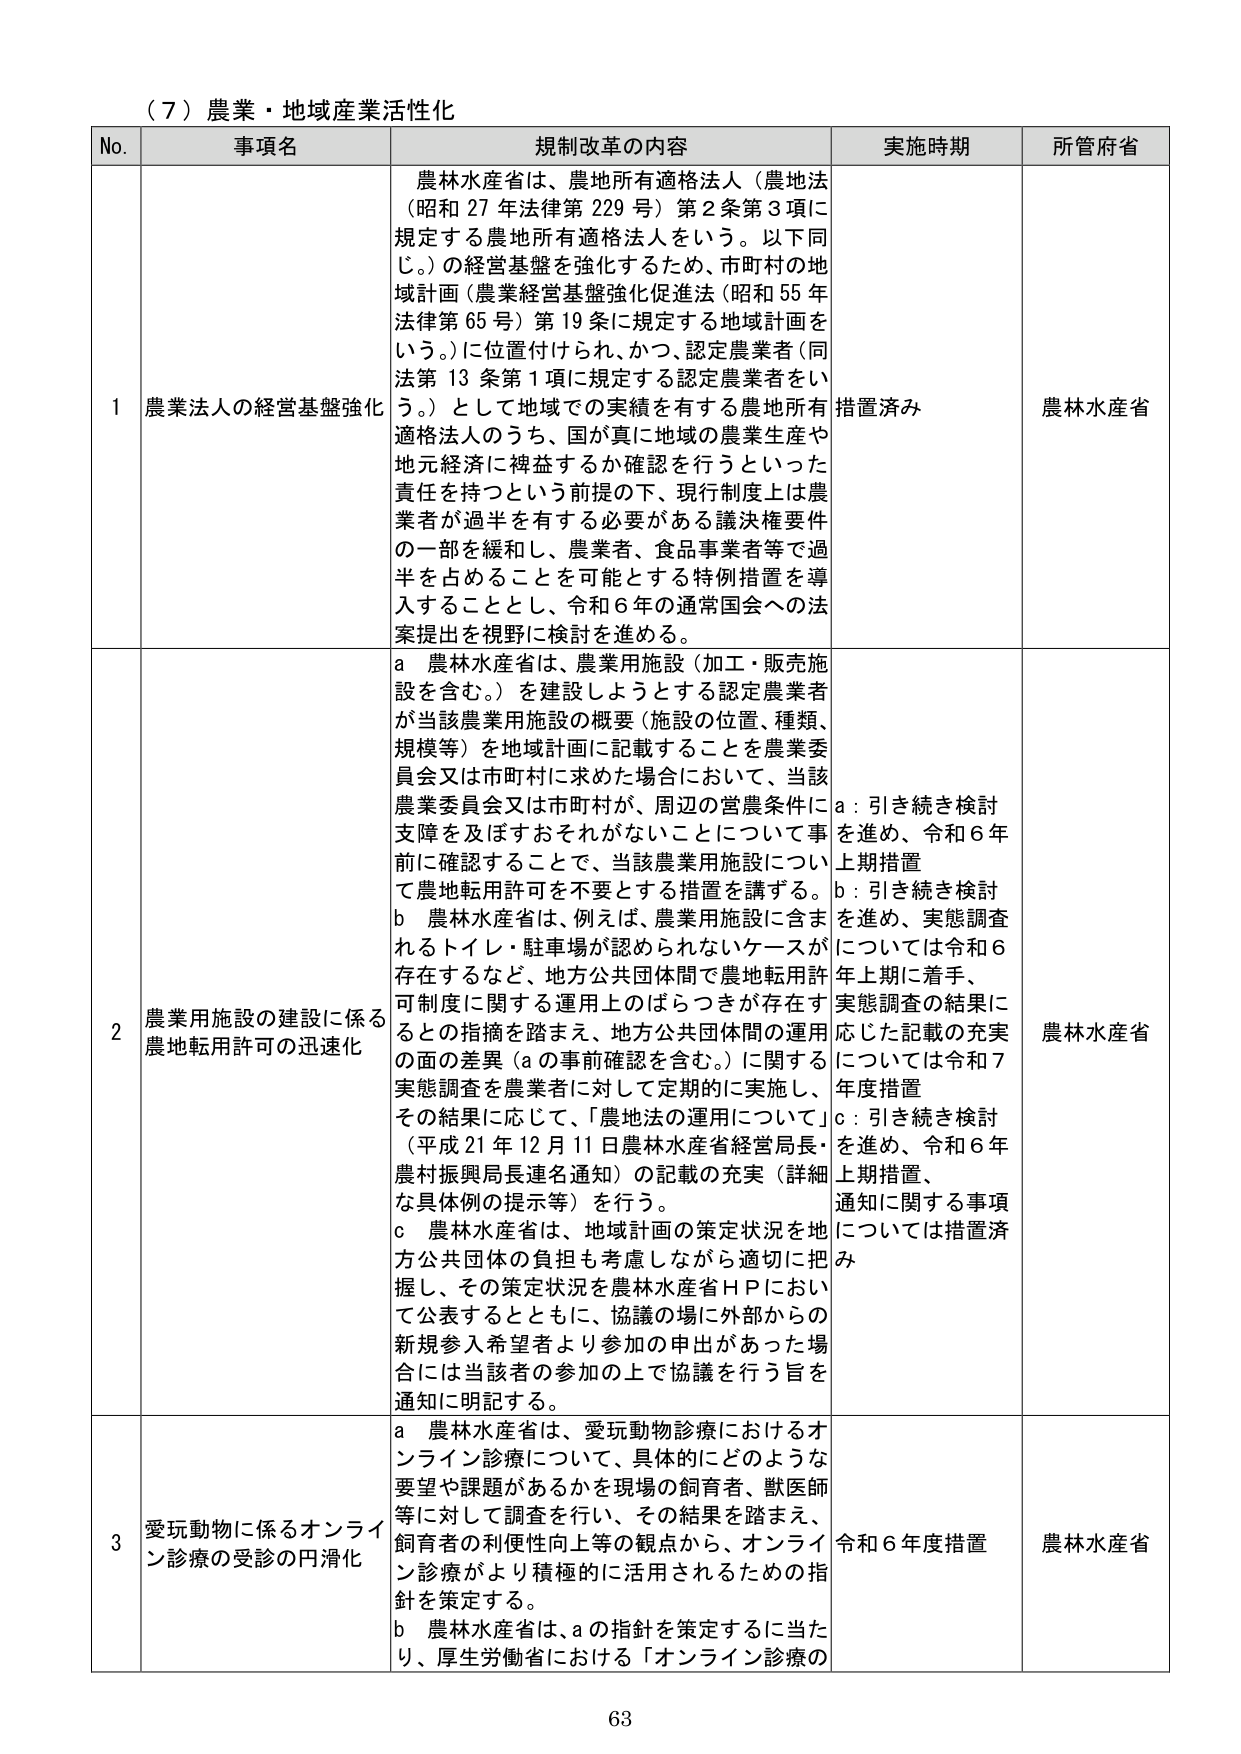
（７）農業・地域産業活性化

No. 事項名 規制改革の内容 実施時期 所管府省

1 農業法人の経営基盤強化 農林水産省は、農地所有適格法人（農地法（昭和27年法律第229号）第2条第3項に規定する農地所有適格法人をいう。以下同じ。）の経営基盤を強化するため、市町村の地域計画（農業経営基盤強化促進法（昭和55年法律第65号）第19条に規定する地域計画をいう。）に位置付けられ、かつ、認定農業者（同法第13条第1項に規定する認定農業者をいう。）として地域での実績を有する農地所有適格法人のうち、国が真に地域の農業生産や地元経済に裨益するか確認を行うといった責任を持つという前提の下、現行制度上は農業者が過半を有する必要がある議決権要件の一部を緩和し、農業者、食品事業者等で過半を占めることを可能とする特例措置を導入することとし、令和6年の通常国会への法案提出を視野に検討を進める。 措置済み 農林水産省

2 農業用施設の建設に係る農地転用許可の迅速化 a 農林水産省は、農業用施設（加工・販売施設を含む。）を建設しようとする認定農業者が当該農業用施設の概要（施設の位置、種類、規模等）を地域計画に記載することを農業委員会又は市町村に求めた場合において、当該農業委員会又は市町村が、周辺の営農条件に支障を及ぼすおそれがないことについて事前に確認することで、当該農業用施設について農地転用許可を不要とする措置を講ずる。 b 農林水産省は、例えば、農業用施設に含まれるトイレ・駐車場が認められないケースが存在するなど、地方公共団体間で農地転用許可制度に関する運用上のばらつきが存在するとの指摘を踏まえ、地方公共団体間の運用の面の差異（aの事前確認を含む。）に関する実態調査を農業者に対して定期的に実施し、その結果に応じて、「農地法の運用について」（平成21年12月11日農林水産省経営局長・農村振興局長連名通知）の記載の充実（詳細な具体例の提示等）を行う。 c 農林水産省は、地域計画の策定状況を地方公共団体の負担も考慮しながら適切に把握し、その策定状況を農林水産省ＨＰにおいて公表するとともに、協議の場に外部からの新規参入希望者より参加の申出があった場合には当該者の参加の上で協議を行う旨を通知に明記する。 a：引き続き検討を進め、令和6年上期措置 b：引き続き検討を進め、実態調査については令和6年上期に着手、実態調査の結果に応じた記載の充実については令和7年度措置 c：引き続き検討を進め、令和6年上期措置、通知に関する事項については措置済み 農林水産省

3 愛玩動物に係るオンライン診療の受診の円滑化 a 農林水産省は、愛玩動物診療におけるオンライン診療について、具体的にどのような要望や課題があるかを現場の飼育者、獣医師等に対して調査を行い、その結果を踏まえ、飼育者の利便性向上等の観点から、オンライン診療がより積極的に活用されるための指針を策定する。 b 農林水産省は、aの指針を策定するに当たり、厚生労働省における「オンライン診療の 令和6年度措置 農林水産省

63